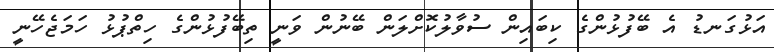
އަޅުގަނޑު އެ ބޭފުޅުންގެ ކިބައިން ސުވާލުކޮށްލަން ބޭނުން ވަނީ ތިބޭފުޅުންގެ ހިތްޕުޅު ހަމަޖެހޭނީ